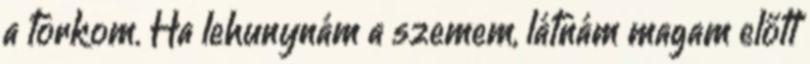
a torkom. Ha lehunynám a szemem, látnám magam előtt